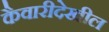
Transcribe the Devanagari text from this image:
कैवारीदेखील